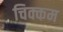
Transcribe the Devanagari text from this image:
चिक्कम